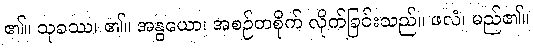
၏။ သုခဿ၊ ၏။ အနွယော၊ အစဉ်တစိုက် လိုက်ခြင်းသည်။ ဖလံ၊ မည်၏။